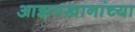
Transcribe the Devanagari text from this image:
आझमखानांच्या